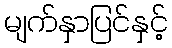
မျက်နှာပြင်နှင့်